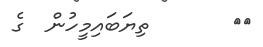
١٣       ތިޔަބައިމީހުން  ގެ